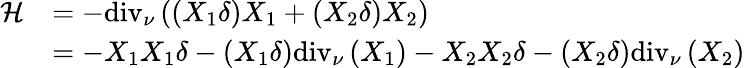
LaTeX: \begin{array}{rl}{\mathcal{H}}&{=-\mathrm{div}_{\nu}\left(\left(X_{1}\delta\right)X_{1}+\left(X_{2}\delta\right)X_{2}\right)}\\ &{=-X_{1}X_{1}\delta-\left(X_{1}\delta\right)\mathrm{div}_{\nu}\left(X_{1}\right)-X_{2}X_{2}\delta-\left(X_{2}\delta\right)\mathrm{div}_{\nu}\left(X_{2}\right)}\end{array}